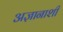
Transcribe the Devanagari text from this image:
अज्ञानाशी